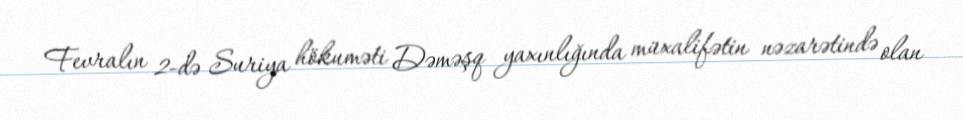
Fevralın 2-də Suriya hökuməti Dəməşq yaxınlığında müxalifətin nəzarətində olan